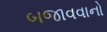
બજાવવાનો